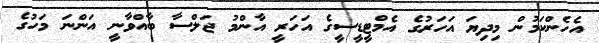
އެހެންކަމުން މިދިޔަ އަހަރުގެ އެމްޓީޑީސީގެ އަހަރީ އާންމު ޖަލްސާ ބާއްވާނީ އަންނަ މަހުގެ